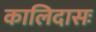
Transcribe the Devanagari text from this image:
कालिदासः